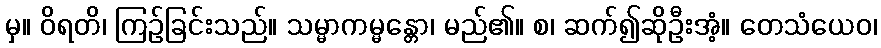
မှ။ ဝိရတိ၊ ကြဉ်ခြင်းသည်။ သမ္မာကမ္မန္တော၊ မည်၏။ စ၊ ဆက်၍ဆိုဦးအံ့။ တေသံယေဝ၊